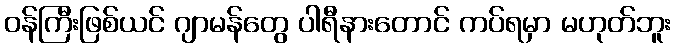
ဝန်ကြီးဖြစ်ယင် ဂျာမန်တွေ ပါရီနားတောင် ကပ်ရမှာ မဟုတ်ဘူး